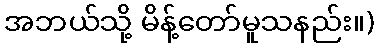
အဘယ်သို့ မိန့်တော်မူသနည်း။)